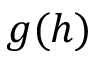
g ( h )